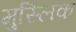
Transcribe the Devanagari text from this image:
मुस्लिक